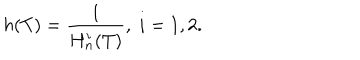
h ( T ) = \frac { 1 } { H _ { n } ^ { i } ( T ) } , \; i = 1 , 2 .